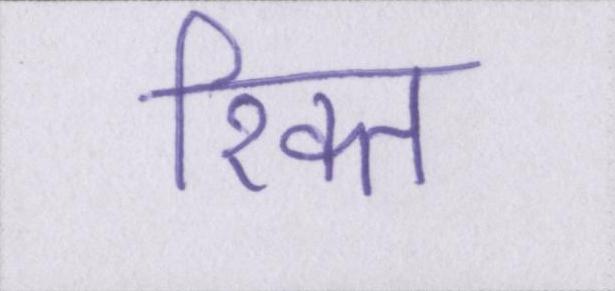
रिक्त